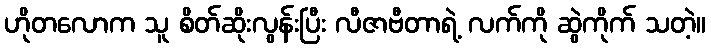
ဟိုတလောက သူ စိတ်ဆိုးလွန်းပြီး လီဇာဗီတာရဲ့ လက်ကို ဆွဲကိုက် သတဲ့။